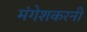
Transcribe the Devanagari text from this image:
मंगेशकरनी